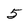
Character: 5